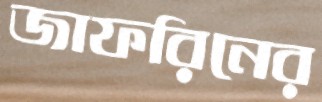
জাফরিনের